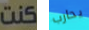
كنت يحارب